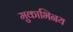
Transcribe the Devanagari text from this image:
मुकाभिनय